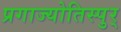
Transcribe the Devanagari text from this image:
प्रगाज्योतिस्पुर्